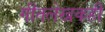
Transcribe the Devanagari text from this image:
गीतलेखकही